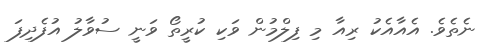
ނެތެވެ. އެއާއެކު ރިއާ މި ފިލްމުން ވަކި ކުރީތޯ ވަނީ ސުވާލު އުފެދިފަ